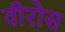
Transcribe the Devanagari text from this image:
वीरोस